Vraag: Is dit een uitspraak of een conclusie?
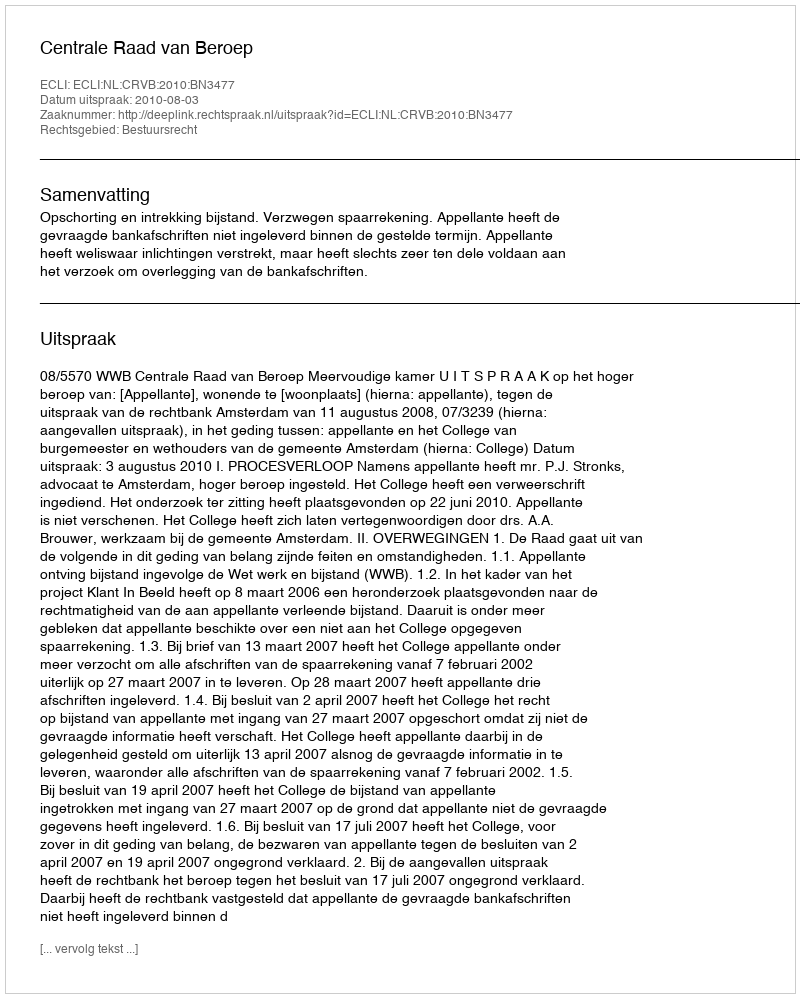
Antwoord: Uitspraak